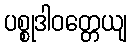
ပစ္စုဒါဝတ္တေယျ